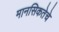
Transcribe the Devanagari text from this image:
मानसिकतेचे